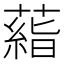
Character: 𬞙